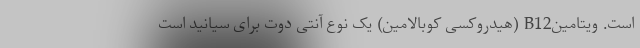
است. ویتامینB12 (هیدروکسی کوبالامین) یک نوع آنتی دوت برای سیانید است